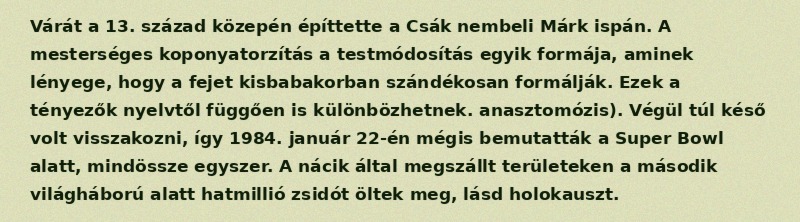
Várát a 13. század közepén építtette a Csák nembeli Márk ispán. A mesterséges koponyatorzítás a testmódosítás egyik formája, aminek lényege, hogy a fejet kisbabakorban szándékosan formálják. Ezek a tényezők nyelvtől függően is különbözhetnek. anasztomózis). Végül túl késő volt visszakozni, így 1984. január 22-én mégis bemutatták a Super Bowl alatt, mindössze egyszer. A nácik által megszállt területeken a második világháború alatt hatmillió zsidót öltek meg, lásd holokauszt.